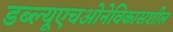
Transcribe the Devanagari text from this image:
डब्‍ल्‍यूएचओनेविकासशील